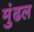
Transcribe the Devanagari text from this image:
मुंढल